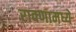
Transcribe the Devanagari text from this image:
रावणामध्ये